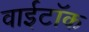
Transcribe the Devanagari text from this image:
वाईटॉक